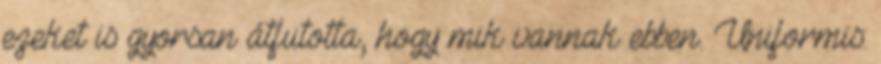
ezeket is gyorsan átfutotta, hogy mik vannak ebben. Uniformis: